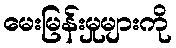
မေးမြန်းမှုများကို